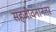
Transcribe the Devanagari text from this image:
सहजीवनानंतर